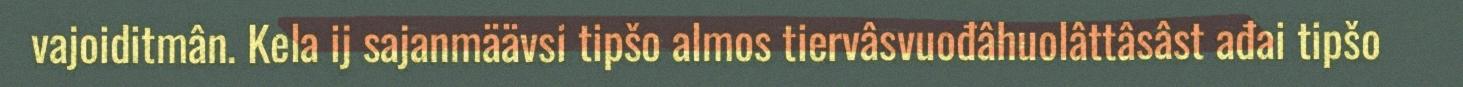
vajoiditmân. Kela ij sajanmäävsi tipšo almos tiervâsvuođâhuolâttâsâst ađai tipšo